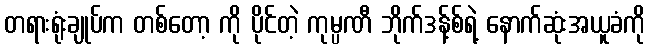
တရားရုံးချုပ်က တစ်တော့ ကို ပိုင်တဲ့ ကုမ္ပဏီ ဘိုက်ဒန့်စ်ရဲ့ နောက်ဆုံးအယူခံကို